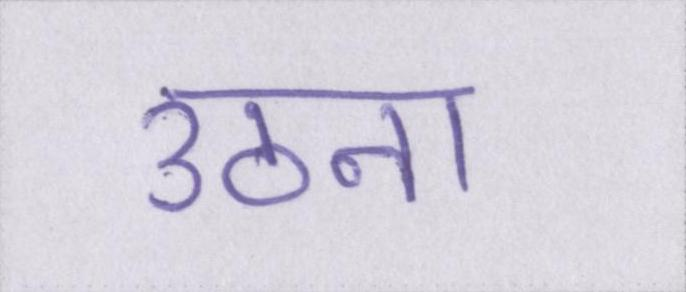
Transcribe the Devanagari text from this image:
उठना